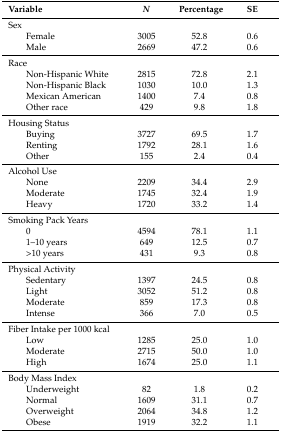
<table><thead><tr><td><b>Variable</b></td><td><b><i>N</i></b></td><td><b>Percentage</b></td><td><b>SE</b></td></tr></thead><tbody><tr><td>Sex</td><td></td><td></td><td></td></tr><tr><td>Female</td><td>3005</td><td>52.8</td><td>0.6</td></tr><tr><td>Male</td><td>2669</td><td>47.2</td><td>0.6</td></tr><tr><td>Race</td><td></td><td></td><td></td></tr><tr><td>Non-Hispanic White</td><td>2815</td><td>72.8</td><td>2.1</td></tr><tr><td>Non-Hispanic Black</td><td>1030</td><td>10.0</td><td>1.3</td></tr><tr><td>Mexican American</td><td>1400</td><td>7.4</td><td>0.8</td></tr><tr><td>Other race</td><td>429</td><td>9.8</td><td>1.8</td></tr><tr><td>Housing Status</td><td></td><td></td><td></td></tr><tr><td>Buying</td><td>3727</td><td>69.5</td><td>1.7</td></tr><tr><td>Renting</td><td>1792</td><td>28.1</td><td>1.6</td></tr><tr><td>Other</td><td>155</td><td>2.4</td><td>0.4</td></tr><tr><td>Alcohol Use</td><td></td><td></td><td></td></tr><tr><td>None</td><td>2209</td><td>34.4</td><td>2.9</td></tr><tr><td>Moderate</td><td>1745</td><td>32.4</td><td>1.9</td></tr><tr><td>Heavy</td><td>1720</td><td>33.2</td><td>1.4</td></tr><tr><td>Smoking Pack Years</td><td></td><td></td><td></td></tr><tr><td>0</td><td>4594</td><td>78.1</td><td>1.1</td></tr><tr><td>1–10 years</td><td>649</td><td>12.5</td><td>0.7</td></tr><tr><td>&gt;10 years</td><td>431</td><td>9.3</td><td>0.8</td></tr><tr><td>Physical Activity</td><td></td><td></td><td></td></tr><tr><td>Sedentary</td><td>1397</td><td>24.5</td><td>0.8</td></tr><tr><td>Light</td><td>3052</td><td>51.2</td><td>0.8</td></tr><tr><td>Moderate</td><td>859</td><td>17.3</td><td>0.8</td></tr><tr><td>Intense</td><td>366</td><td>7.0</td><td>0.5</td></tr><tr><td>Fiber Intake per 1000 kcal</td><td></td><td></td><td></td></tr><tr><td>Low</td><td>1285</td><td>25.0</td><td>1.0</td></tr><tr><td>Moderate</td><td>2715</td><td>50.0</td><td>1.0</td></tr><tr><td>High</td><td>1674</td><td>25.0</td><td>1.1</td></tr><tr><td>Body Mass Index</td><td></td><td></td><td></td></tr><tr><td>Underweight</td><td>82</td><td>1.8</td><td>0.2</td></tr><tr><td>Normal</td><td>1609</td><td>31.1</td><td>0.7</td></tr><tr><td>Overweight</td><td>2064</td><td>34.8</td><td>1.2</td></tr><tr><td>Obese</td><td>1919</td><td>32.2</td><td>1.1</td></tr></tbody></table>